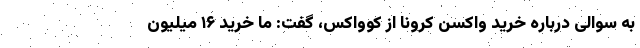
به سوالی درباره خرید واکسن کرونا از کوواکس، گفت: ما خرید ۱۶ میلیون